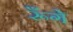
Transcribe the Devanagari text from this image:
रूँगे